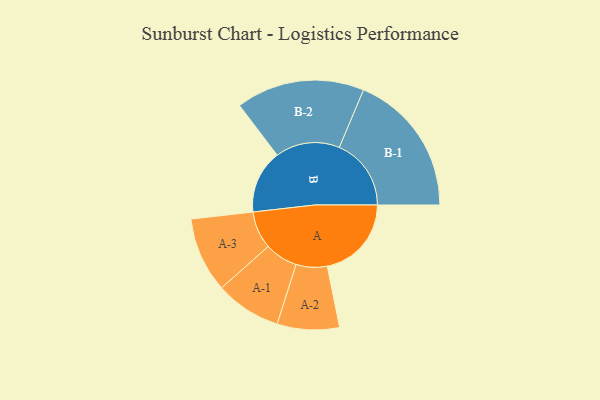
{"axis": {"x": "Segment", "y": "Value"}, "legend": ["", "A", "B"], "data": [{"x": "A", "y": 309, "type": ""}, {"x": "B", "y": 233, "type": ""}, {"x": "A-1", "y": 121, "type": "A"}, {"x": "A-2", "y": 114, "type": "A"}, {"x": "A-3", "y": 138, "type": "A"}, {"x": "B-1", "y": 264, "type": "B"}, {"x": "B-2", "y": 236, "type": "B"}]}